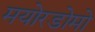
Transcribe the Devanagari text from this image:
मयोरडोमो